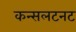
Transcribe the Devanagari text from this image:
कन्सलटनट